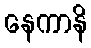
နေကာနိ